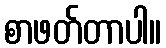
စာဖတ်တာပါ။